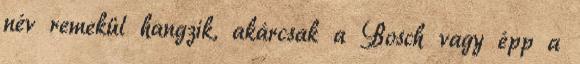
név remekül hangzik, akárcsak a Bosch vagy épp a